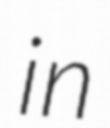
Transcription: in